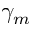
\gamma _ { m }